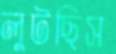
লুটছিস